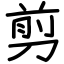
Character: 剪